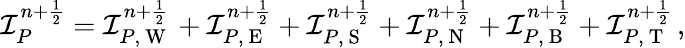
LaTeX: \mathcal I_{P}^{n+\frac 12}=\mathcal I_{P,\mathrm{~W~}}^{n+\frac 12}+\mathcal I_{P,\mathrm{~E~}}^{n+\frac 12}+\mathcal I_{P,\mathrm{~S~}}^{n+\frac 12}+\mathcal I_{P,\mathrm{~N~}}^{n+\frac 12}+\mathcal I_{P,\mathrm{~B~}}^{n+\frac 12}+\mathcal I_{P,\mathrm{~T~}}^{n+\frac 12}\, ,